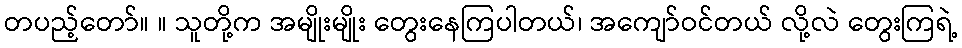
တပည့်တော်။ ။ သူတို့က အမျိုးမျိုး တွေးနေကြပါတယ်၊ အကျော်ဝင်တယ် လို့လဲ တွေးကြရဲ့